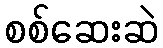
စစ်ဆေးဆဲ